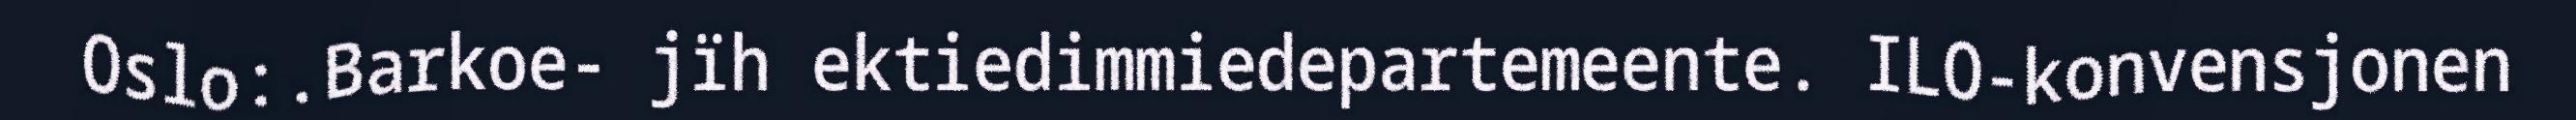
Oslo:.Barkoe- jïh ektiedimmiedepartemeente. ILO-konvensjonen